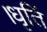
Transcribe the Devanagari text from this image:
।धृतिं